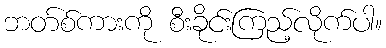
ဘတ်စ်ကားကို စီးခိုင်းကြည့်လိုက်ပါ။